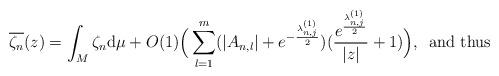
LaTeX: \begin{align*}{\overline{\zeta_n}(z)=\int_M\zeta_n\mathrm{d}\mu+O(1)\Big(\sum_{{l}=1}^m (|A_{n,{l}}|+e^{-\frac{\lambda_{n,j}^{(1)}}{2}})(\frac{e^{\frac{\lambda_{n,j}^{(1)}}{2}}}{|z|} +1)\Big),}\ \ \textrm{and thus}\end{align*}